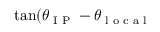
\tan ( \theta _ { \textrm { I P } } - \theta _ { \textrm { l o c a l } }